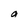
Character: a